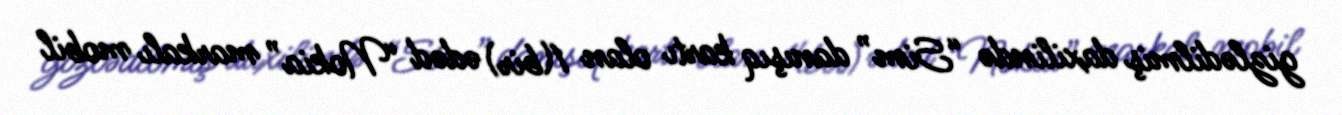
gizlədilmiş daxilində “Sim” danışıq kartı olan 1(bir) ədəd “Nokia” markalı mobil